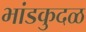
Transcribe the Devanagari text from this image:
भांडकुदळ